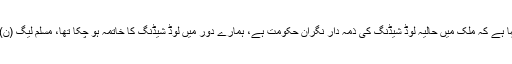
05 جون2018ء) مسلم لیگ (ن) کے قائد اور سابق وزیراعظم محمد نواز شریف نے کہا ہے کہ ملک میں حالیہ لوڈ شیڈنگ کی ذمہ دار نگران حکومت ہے، ہمارے دور میں لوڈ شیڈنگ کا خاتمہ ہو چکا تھا، مسلم لیگ (ن) اہم ایشوز کے حوالے سے سچائی تک پہنچنے کے لئے قومی کمیشن کا قیام چاہتی ہے۔